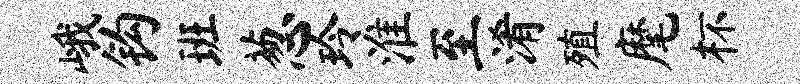
峨钩班葱玲淮至淆殖麾杯